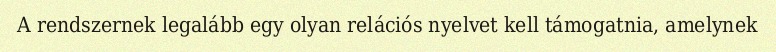
A rendszernek legalább egy olyan relációs nyelvet kell támogatnia, amelynek